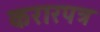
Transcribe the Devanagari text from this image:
करारपत्र